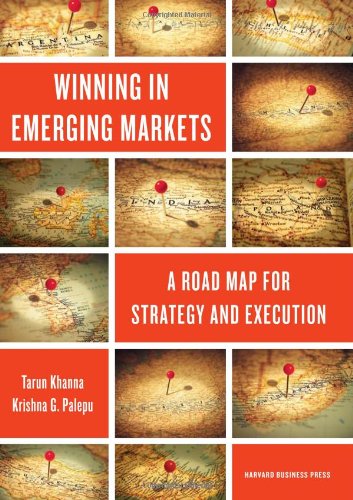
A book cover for Winning in Emerging Markets: A Road Map for Strategy and Execution; Tarun Khanna; Business & Money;